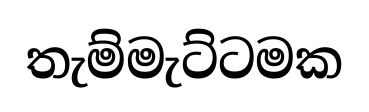
තැම්මැට්ටමක